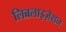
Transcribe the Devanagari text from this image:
लिब्रलाइज़ेशन